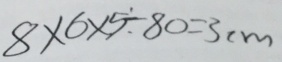
8 \times 6 \times 5 \div 8 0 = 3 c m